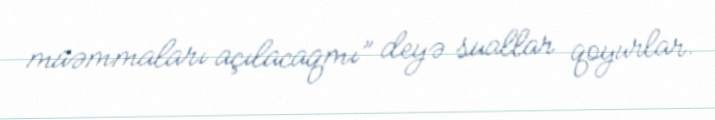
müəmmaları açılacaqmı” deyə suallar qoyurlar.